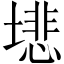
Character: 𫮦